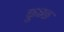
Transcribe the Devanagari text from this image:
फुन्क